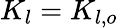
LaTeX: K_{l}=K_{l,o}